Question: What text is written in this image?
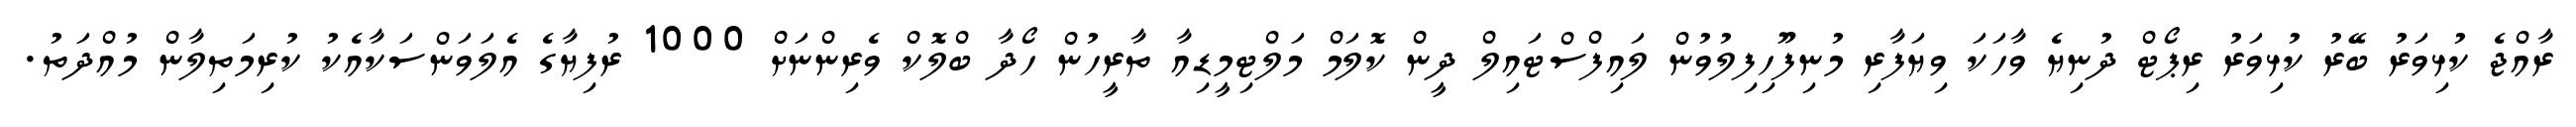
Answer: ރާއްޖެ ކުޅިވަރު ބޭރު ކުޅިވަރު ރިޕޯޓް ދުނިޔެ ވާހަކަ ވިޔަފާރި މުނިފޫހިފިލުވުން ލައިފްސްޓައިލް ދީން ކޮލަމް މަލްޓިމީޑިއާ ތާރީހުން ހޯދާ ބްލޮކް ވެރިންނަށް 1000 ރުފިޔާގެ އެލަވަންސަކާއެކު ކުރިމަތިލާން މުއްދަތު.